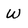
Character: W